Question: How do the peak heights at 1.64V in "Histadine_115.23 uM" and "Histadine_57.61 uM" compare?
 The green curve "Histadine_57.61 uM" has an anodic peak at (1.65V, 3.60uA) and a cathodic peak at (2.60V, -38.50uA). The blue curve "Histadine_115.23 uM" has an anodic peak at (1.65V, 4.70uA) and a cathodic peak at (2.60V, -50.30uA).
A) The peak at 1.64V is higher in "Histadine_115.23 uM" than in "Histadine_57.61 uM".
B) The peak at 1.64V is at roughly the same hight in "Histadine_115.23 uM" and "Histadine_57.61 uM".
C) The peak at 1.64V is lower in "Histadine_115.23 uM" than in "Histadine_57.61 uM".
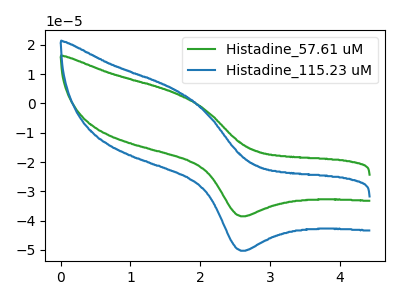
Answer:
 <answer>A) The peak at 1.64V is higher in "Histadine_115.23 uM" than in "Histadine_57.61 uM".</answer>
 <eval>A</eval>